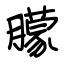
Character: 朦